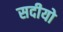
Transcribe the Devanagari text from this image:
सदीयो